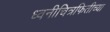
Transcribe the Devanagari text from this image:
ध्वनीचित्रफितीच्या